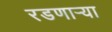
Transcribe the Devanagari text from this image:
रडणार्‍या